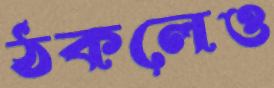
ঠকলেও